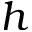
h